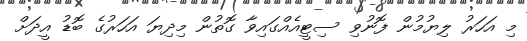
މި އަހަރު ލިޔުމުން ފޮނުވި ސިޓީއެއްގައިވާ ގޮތުން މިދިޔަ އަހަރުގެ ބޮޑު އީދަށް